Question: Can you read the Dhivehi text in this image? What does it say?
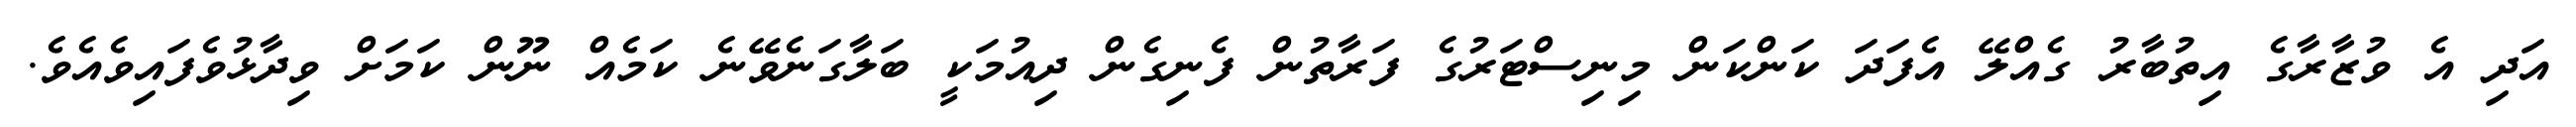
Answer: އަދި އެ ވުޒާރާގެ އިތުބާރު ގެއްލޭ އެފަދަ ކަންކަން މިނިސްޓަރުގެ ފަރާތުން ފެނިގެން ދިއުމަކީ ބަލާގަނެވޭނެ ކަމެއް ނޫން ކަމަށް ވިދާޅުވެފައިވެއެވެ.